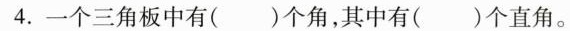
4.一个三角板中有()个角，其中有()个直角。